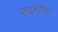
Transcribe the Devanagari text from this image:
साइनेरिया